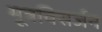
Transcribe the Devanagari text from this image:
मूत्रविसर्जन